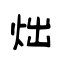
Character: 炪